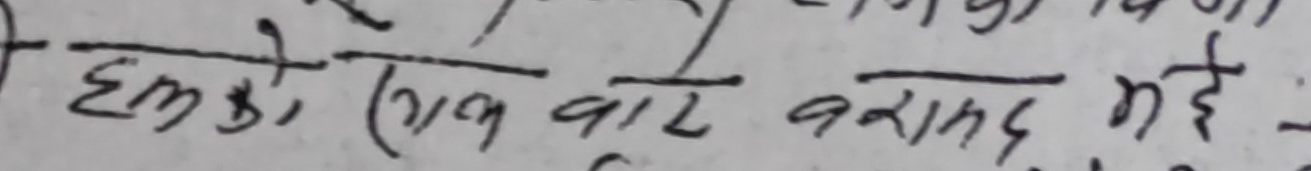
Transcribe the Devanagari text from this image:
हमको (एक) वारे बरामद भईं -